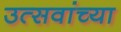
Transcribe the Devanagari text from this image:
उत्सवांच्या